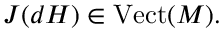
J ( d H ) \in { \mathrm { V e c t } } ( M ) .